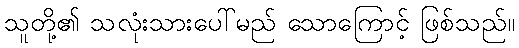
သူတို့၏ သလုံးသားပေါ်မည် သောကြောင့် ဖြစ်သည်။